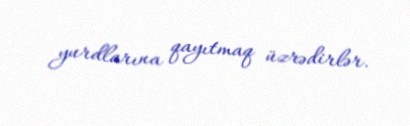
yurdlarına qayıtmaq üzrədirlər.